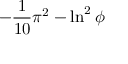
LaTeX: - { \frac { 1 } { 1 0 } } \pi ^ { 2 } - \ln ^ { 2 } \phi